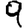
Digit: 9